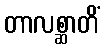
တာလစ္ဆာတိံ